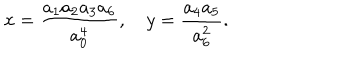
x = \frac { a _ { 1 } a _ { 2 } a _ { 3 } a _ { 6 } } { a _ { 0 } ^ { 4 } } , \quad y = \frac { a _ { 4 } a _ { 5 } } { a _ { 6 } ^ { 2 } } .